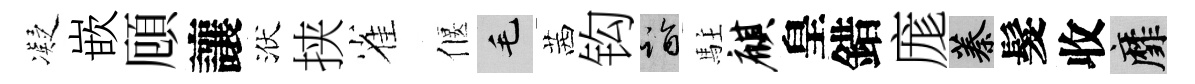
凝嵌頋讓洑挟雀偃毛茜钩诣駐麒皇錯庬蓁髮收靡